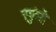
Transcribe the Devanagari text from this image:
स्फुंदे